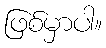
ဖြစ်မှာပါ။